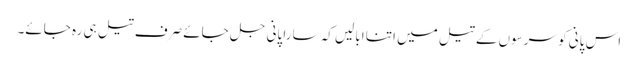
اس پانی کو سرسوں کے تیل میں اتنا ابالیں کہ سارا پانی جل جائے صرف تیل ہی رہ جائے۔